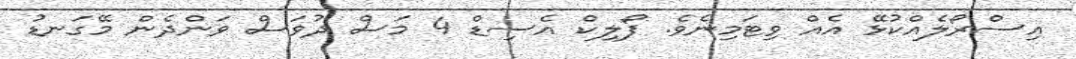
އިސްރޯލެއްކުޅޭ އެއް ވިޓަމިނެވެ. ފޯލިކް އެސިޑް 4 މަސް ދުވަސް ވަންދެން މޭގަނޑު